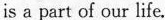
is a part of our life,.